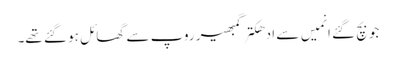
جو بچ گئے انمیں سے ادھکتر گمبھیر روپ سے گھائل ہو گئے تھے۔